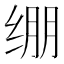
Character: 绷